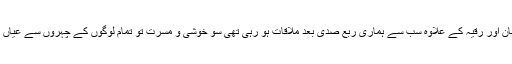
عظمان اور رقیہ کے علاوہ سب سے ہماری ربع صدی بعد ملاقات ہو رہی تھی سو خوشی و مسرت تو تمام لوگوں کے چہروں سے عیاں تھی۔